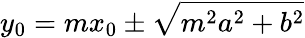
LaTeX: y_{0}=mx_{0}\pm{\sqrt{m^{2}a^{2}+b^{2}}}